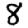
Digit: 8